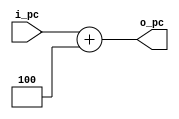
`timescale 1ns / 1ps
//////////////////////////////////////////////////////////////////////////////////
// Company: 
// Engineer: 
// 
// Design Name: 
// Module Name: PC4
// Project Name: 
// Target Devices: 
// Tool Versions: 
// Description: 
// 
// Dependencies: 
// 
// Revision:
// Revision 0.01 - File Created
// Additional Comments:
// 
//////////////////////////////////////////////////////////////////////////////////


module PC4(
    input [31:0] i_pc,
    output reg [31:0] o_pc
    );
    always @(i_pc) o_pc = i_pc + 4;
endmodule